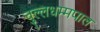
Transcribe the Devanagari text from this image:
चुल्लधम्मपाल